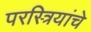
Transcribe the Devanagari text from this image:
परस्त्रियांचे